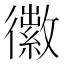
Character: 𪫜